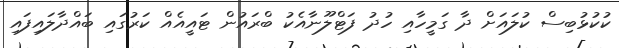
ކުކުޅުބިސް ކުލައަށް ދާ ގަމީހާއި ހުދު ފަޓްލޫނާއެކު ބްރައުން ޓައީއެއް ކަރުގައި ބައްދާލައިފައި